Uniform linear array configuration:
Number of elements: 4
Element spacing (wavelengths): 0.5
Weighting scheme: cosine
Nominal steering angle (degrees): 30
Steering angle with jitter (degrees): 29.581
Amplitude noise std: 0.05
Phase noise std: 0.05

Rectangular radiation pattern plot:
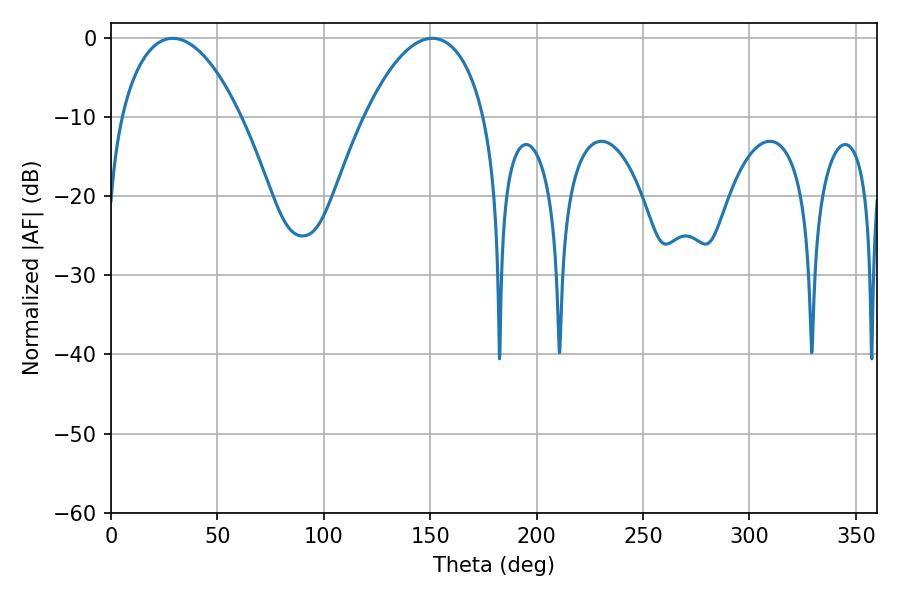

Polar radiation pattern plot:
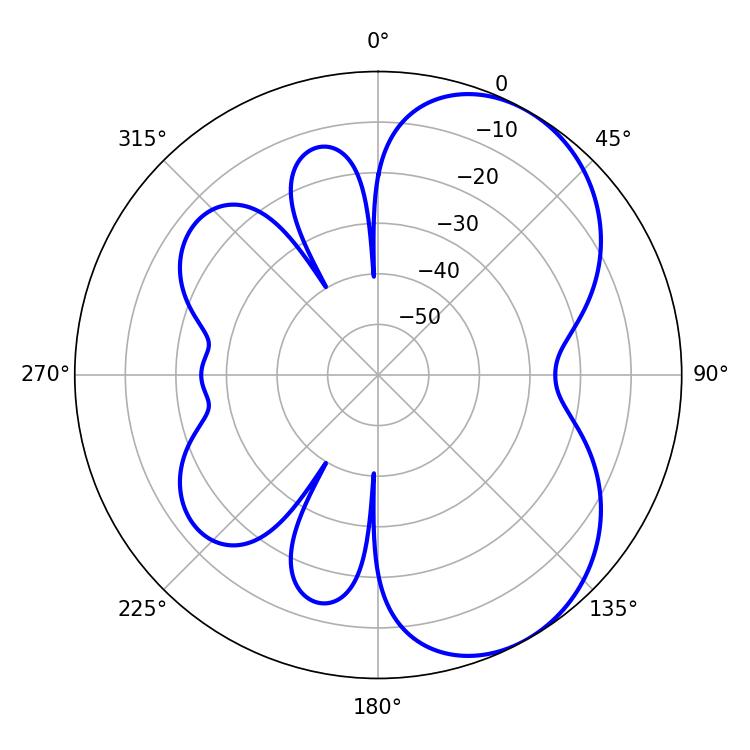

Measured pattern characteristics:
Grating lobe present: FALSE
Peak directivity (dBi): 5.55
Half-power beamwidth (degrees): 31.68
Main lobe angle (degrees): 28.98